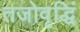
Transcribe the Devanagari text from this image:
तजोवृद्धिं